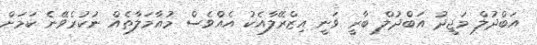
އަބްދުލް މަޖީދު އަބްދުލް ބާރީ ވަނީ އިޒްރޭލާއެކު އެއްވެސް މުއާމަލާތެއް ނުކުރެވޭނެ ކަމަށް